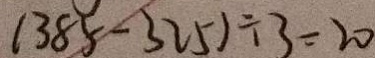
( 3 8 5 - 3 2 5 ) \div 3 = 2 0